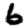
Digit: 6